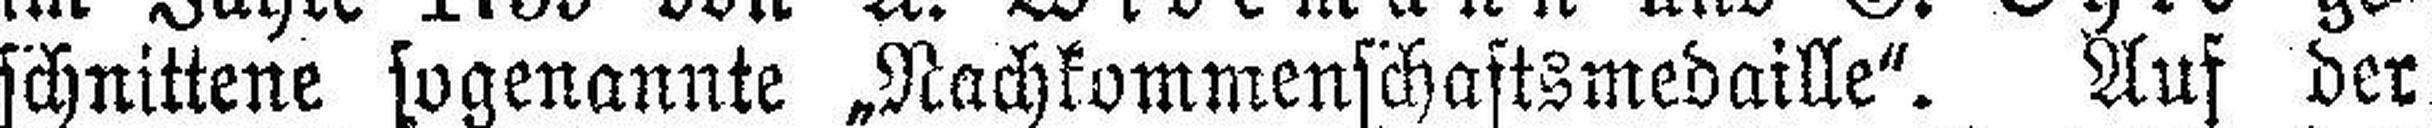
schnittene sogenannte „Nachkommenschaftsmedaille“. Auf der